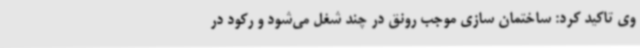
وی تاکید کرد: ساختمان سازی موجب رونق در چند شغل می‌شود و رکود در